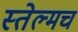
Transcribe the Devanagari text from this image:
स्तेल्मच